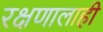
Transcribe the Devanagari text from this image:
रक्षणालाही